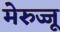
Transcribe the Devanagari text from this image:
मेरुज्जू